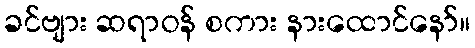
ခင်ဗျား ဆရာဝန် စကား နားထောင်နော်။